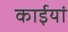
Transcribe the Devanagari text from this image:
काईयां